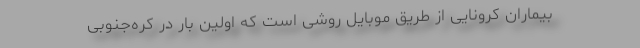
بیماران کرونایی از طریق موبایل روشی است که اولین بار در کره‌جنوبی